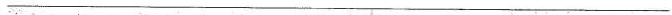
___